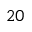
2 0